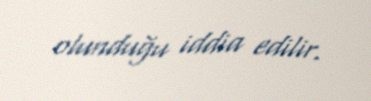
olunduğu iddia edilir.